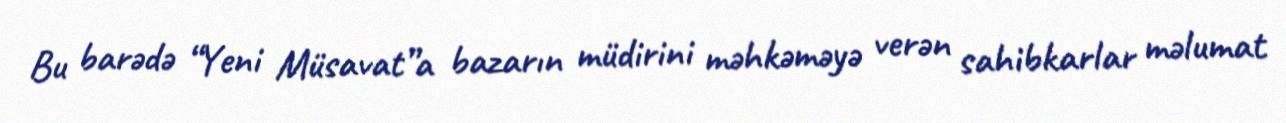
Bu barədə “Yeni Müsavat”a bazarın müdirini məhkəməyə verən sahibkarlar məlumat